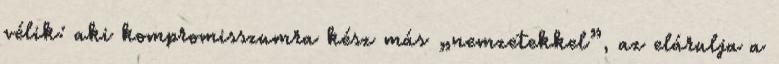
vélik: aki kompromisszumra kész más „nemzetekkel”, az elárulja a